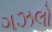
ગઝલો